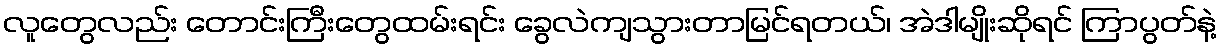
လူတွေလည်း တောင်းကြီးတွေထမ်းရင်း ခွေလဲကျသွားတာမြင်ရတယ်၊ အဲဒါမျိုးဆိုရင် ကြာပွတ်နဲ့